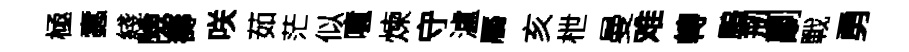
極蠧綫險壽咲茹茫似噫煉守瀘饜亥枻曼难轉鵬剏劘戰勇